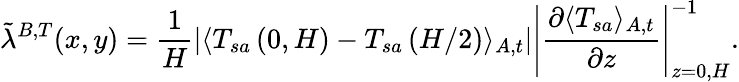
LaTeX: \tilde{\lambda}^{B,T}(x,y)=\frac{1}{H}\left|\langle T_{sa}\left(0,H\right)-T_{sa}\left(H/2\right)\rangle_{A,t}\right|\left|\frac{\partial\langle T_{sa}\rangle_{A,t}}{\partial z}\right|_{z=0,H}^{-1}.